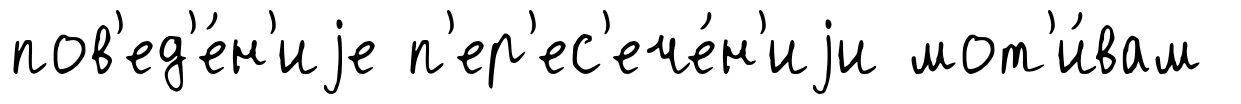
пов'ед'е́н'иjе п'ер'ес'ече́н'иjи мот'и́вам